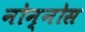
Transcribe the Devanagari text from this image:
नोन्नोस